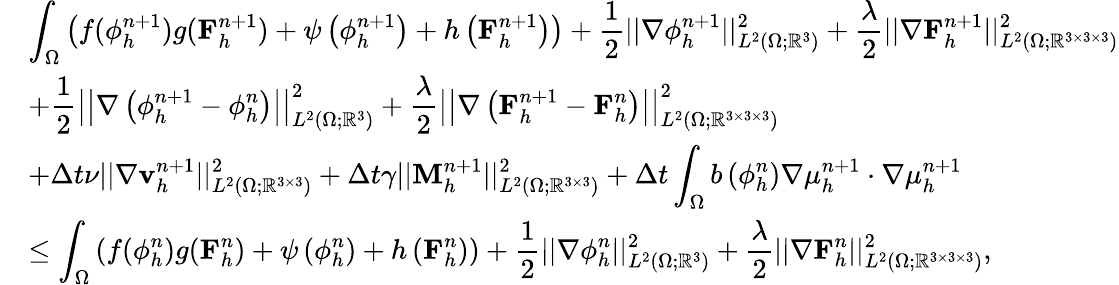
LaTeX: \begin{array}{rl}&{\displaystyle\int_{\Omega}\left(f(\phi_{h}^{n+1})g(\mathbf{F}_{h}^{n+1})+\psi\left(\phi_{h}^{n+1}\right)+h\left(\mathbf{F}_{h}^{n+1}\right)\right)+\frac{1}{2}||\nabla\phi_{h}^{n+1}||_{L^{2}(\Omega;\mathbb{R}^{3})}^{2}+\frac{\lambda}{2}||\nabla\mathbf{F}_{h}^{n+1}||_{L^{2}(\Omega;\mathbb{R}^{3\times 3\times 3})}^{2}}\\ &{\displaystyle+\frac{1}{2}\left|\left|\nabla\left(\phi_{h}^{n+1}-\phi_{h}^{n}\right)\right|\right|_{L^{2}(\Omega;\mathbb{R}^{3})}^{2}+\frac{\lambda}{2}\left|\left|\nabla\left(\mathbf{F}_{h}^{n+1}-\mathbf{F}_{h}^{n}\right)\right|\right|_{L^{2}(\Omega;\mathbb{R}^{3\times 3\times 3})}^{2}}\\ &{\displaystyle+\Delta t\nu||\nabla\mathbf{v}_{h}^{n+1}||_{L^{2}(\Omega;\mathbb{R}^{3\times 3})}^{2}+\Delta t\gamma||\mathbf{M}_{h}^{n+1}||_{L^{2}(\Omega;\mathbb{R}^{3\times 3})}^{2}+\Delta t\int_{\Omega}b\left(\phi_{h}^{n}\right)\nabla\mu_{h}^{n+1}\cdot\nabla\mu_{h}^{n+1}}\\ &{\displaystyle\leq\int_{\Omega}\left(f(\phi_{h}^{n})g(\mathbf{F}_{h}^{n})+\psi\left(\phi_{h}^{n}\right)+h\left(\mathbf{F}_{h}^{n}\right)\right)+\frac{1}{2}||\nabla\phi_{h}^{n}||_{L^{2}(\Omega;\mathbb{R}^{3})}^{2}+\frac{\lambda}{2}||\nabla\mathbf{F}_{h}^{n}||_{L^{2}(\Omega;\mathbb{R}^{3\times 3\times 3})}^{2},}\end{array}